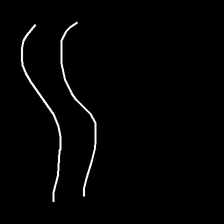
Glyph: float